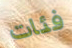
فئات